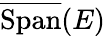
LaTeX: {\overline{{\operatorname{Span}}}}(E)